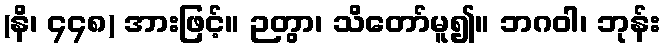
(နိ၊ ၄၄၈) အားဖြင့်။ ဉတွာ၊ သိတော်မူ၍။ ဘဂဝါ၊ ဘုန်း